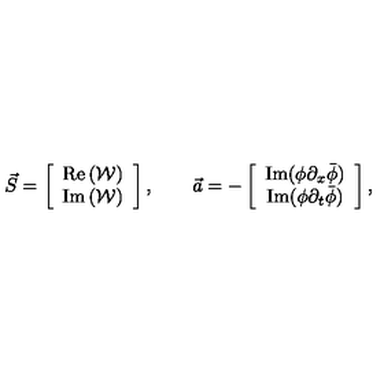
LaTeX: \vec { S } = \left[ \begin{array} { c } { \mathrm { R e } \left( { \mathcal { W } } \right) } \\ { \mathrm { I m } \left( { \mathcal { W } } \right) } \\ \end{array} \right] , \qquad \vec { a } = - \left[ \begin{array} { c } { \mathrm { I m } ( \phi \partial _ { x } \bar { \phi } ) } \\ { \mathrm { I m } ( \phi \partial _ { t } \bar { \phi } ) } \\ \end{array} \right] ,